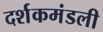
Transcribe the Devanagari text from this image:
दर्शकमंडली